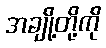
အချို့တို့ကို